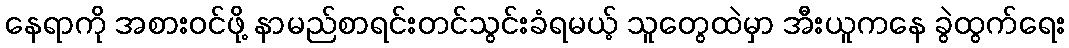
နေရာကို အစားဝင်ဖို့ နာမည်စာရင်းတင်သွင်းခံရမယ့် သူတွေထဲမှာ အီးယူကနေ ခွဲထွက်ရေး